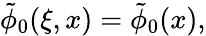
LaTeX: \begin{array}{r}{\tilde{\phi}_{0}(\xi,x)=\tilde{\phi}_{0}(x),}\end{array}